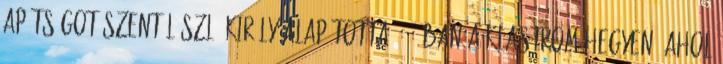
apátságot Szent László király alapította 1093-ban a Klastrom-hegyen, ahol